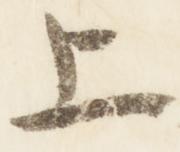
上